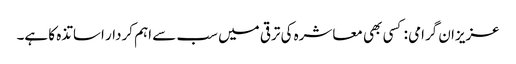
عزیزان گرامی : کسی بھی معاشرہ کی ترقی میں سب سے اہم کردار اساتذہ کا ہے۔